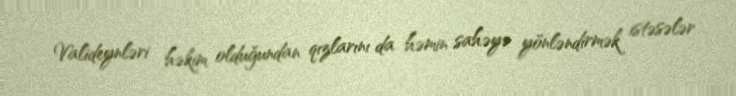
Valideynləri həkim olduğundan qızlarını da həmin sahəyə yönləndirmək istəsələr